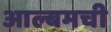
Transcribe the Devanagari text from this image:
आल्बमची